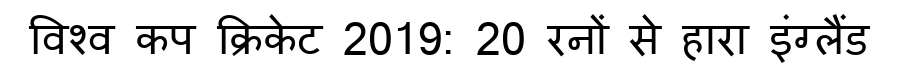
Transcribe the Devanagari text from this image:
विश्व कप क्रिकेट 2019: 20 रनों से हारा इंग्लैंड